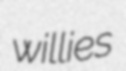
willies